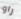
راو